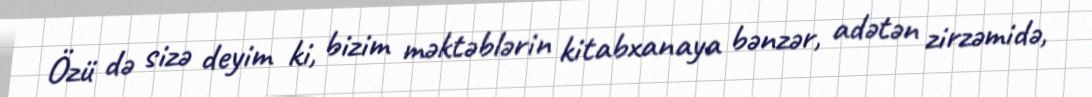
Özü də sizə deyim ki, bizim məktəblərin kitabxanaya bənzər, adətən zirzəmidə,